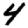
Digit: 4